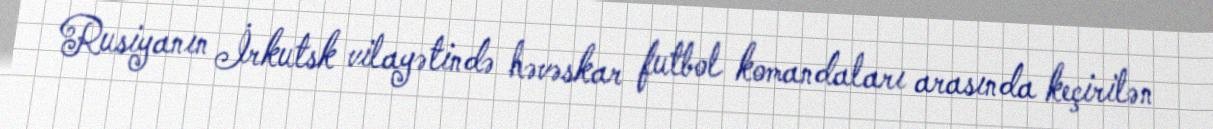
Rusiyanın İrkutsk vilayətində həvəskar futbol komandaları arasında keçirilən